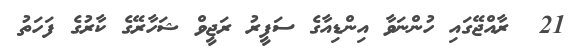
21  ރާއްޖޭގައި ހުންނަވާ އިންޑިއާގެ ސަފީރު ރަޖީވް ޝަހާރޭގެ ކާރުގެ ފަހަތު